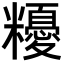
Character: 𥽟